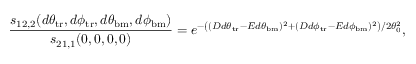
\frac { s _ { 1 2 , 2 } ( d \theta _ { \mathrm { t r } } , d \phi _ { \mathrm { t r } } , d \theta _ { \mathrm { b m } } , d \phi _ { \mathrm { b m } } ) } { s _ { 2 1 , 1 } ( 0 , 0 , 0 , 0 ) } = e ^ { - \left( ( D d \theta _ { \mathrm { t r } } - E d \theta _ { \mathrm { b m } } ) ^ { 2 } + ( D d \phi _ { \mathrm { t r } } - E d \phi _ { \mathrm { b m } } ) ^ { 2 } \right) / 2 \theta _ { 0 } ^ { 2 } } ,